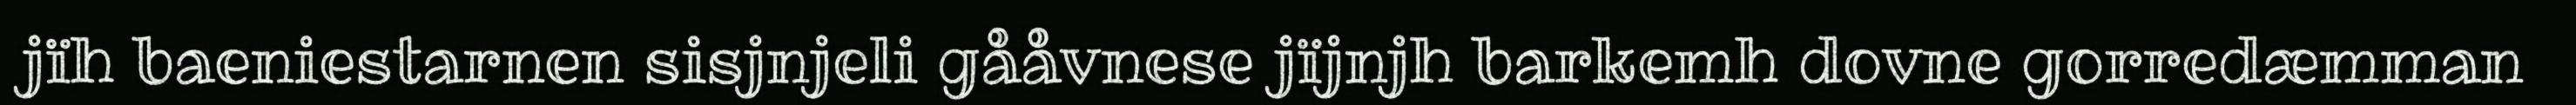
jïh baeniestarnen sisjnjeli gååvnese jïjnjh barkemh dovne gorredæmman